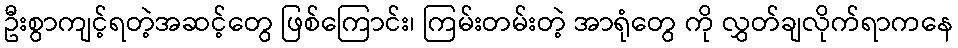
ဦးစွာကျင့်ရတဲ့အဆင့်တွေ ဖြစ်ကြောင်း၊ ကြမ်းတမ်းတဲ့ အာရုံတွေ ကို လွှတ်ချလိုက်ရာကနေ